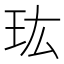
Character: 𤣾